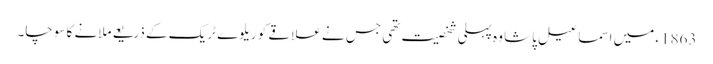
1863ء میں اسماعیل پاشا وہ پہلی شخصیت تھی جس نے علاقے کو ریلوے ٹریک کے ذریعے ملانے کا سوچا۔